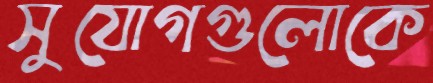
সুযোগগুলোকে